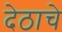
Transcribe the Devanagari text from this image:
देठाचे